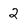
Character: 2